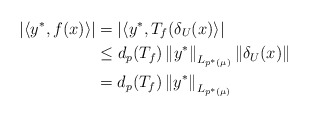
\begin{align*}\left\vert \left\langle y^*,f(x)\right\rangle \right\vert & =\left\vert \left\langle y^*,T_{f}(\delta _{U}(x)\right\rangle \right\vert \\& \leq d_{p}(T_{f})\left\Vert y^*\right\Vert _{L_{p^*(\mu )}}\left\Vert \delta _{U}(x)\right\Vert \\& =d_{p}(T_{f})\left\Vert y^*\right\Vert _{L_{p^*(\mu )}}\end{align*}